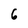
Character: 6